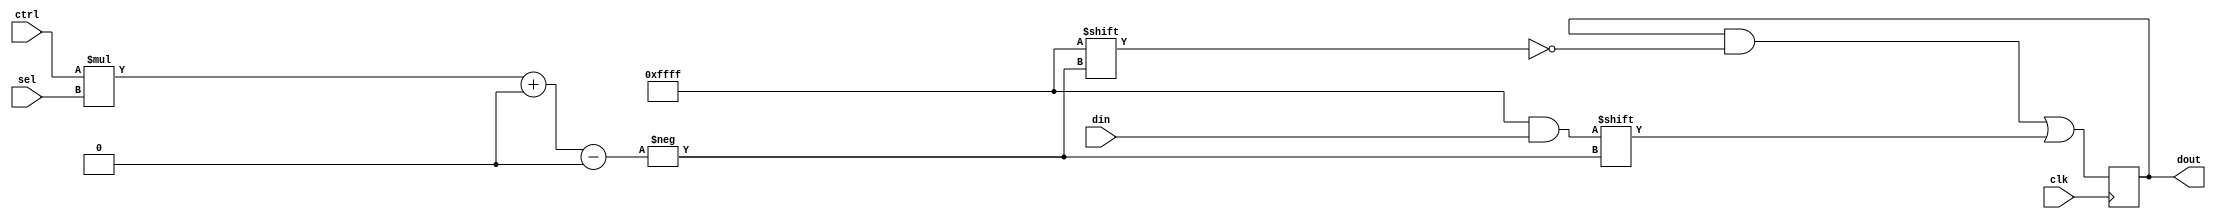
module dynslice (
    input clk ,
    input [9:0] ctrl ,
    input [15:0] din ,
    input [3:0] sel ,
    output reg [127:0] dout
);
always @(posedge clk)
begin
    dout[ctrl*sel+:16] <= din ;
end
endmodule